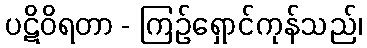
ပဋိဝိရတာ - ကြဉ်ရှောင်ကုန်သည်၊